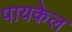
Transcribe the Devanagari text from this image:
पायकेल